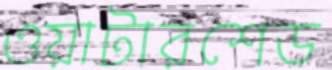
ওয়াটারশেড